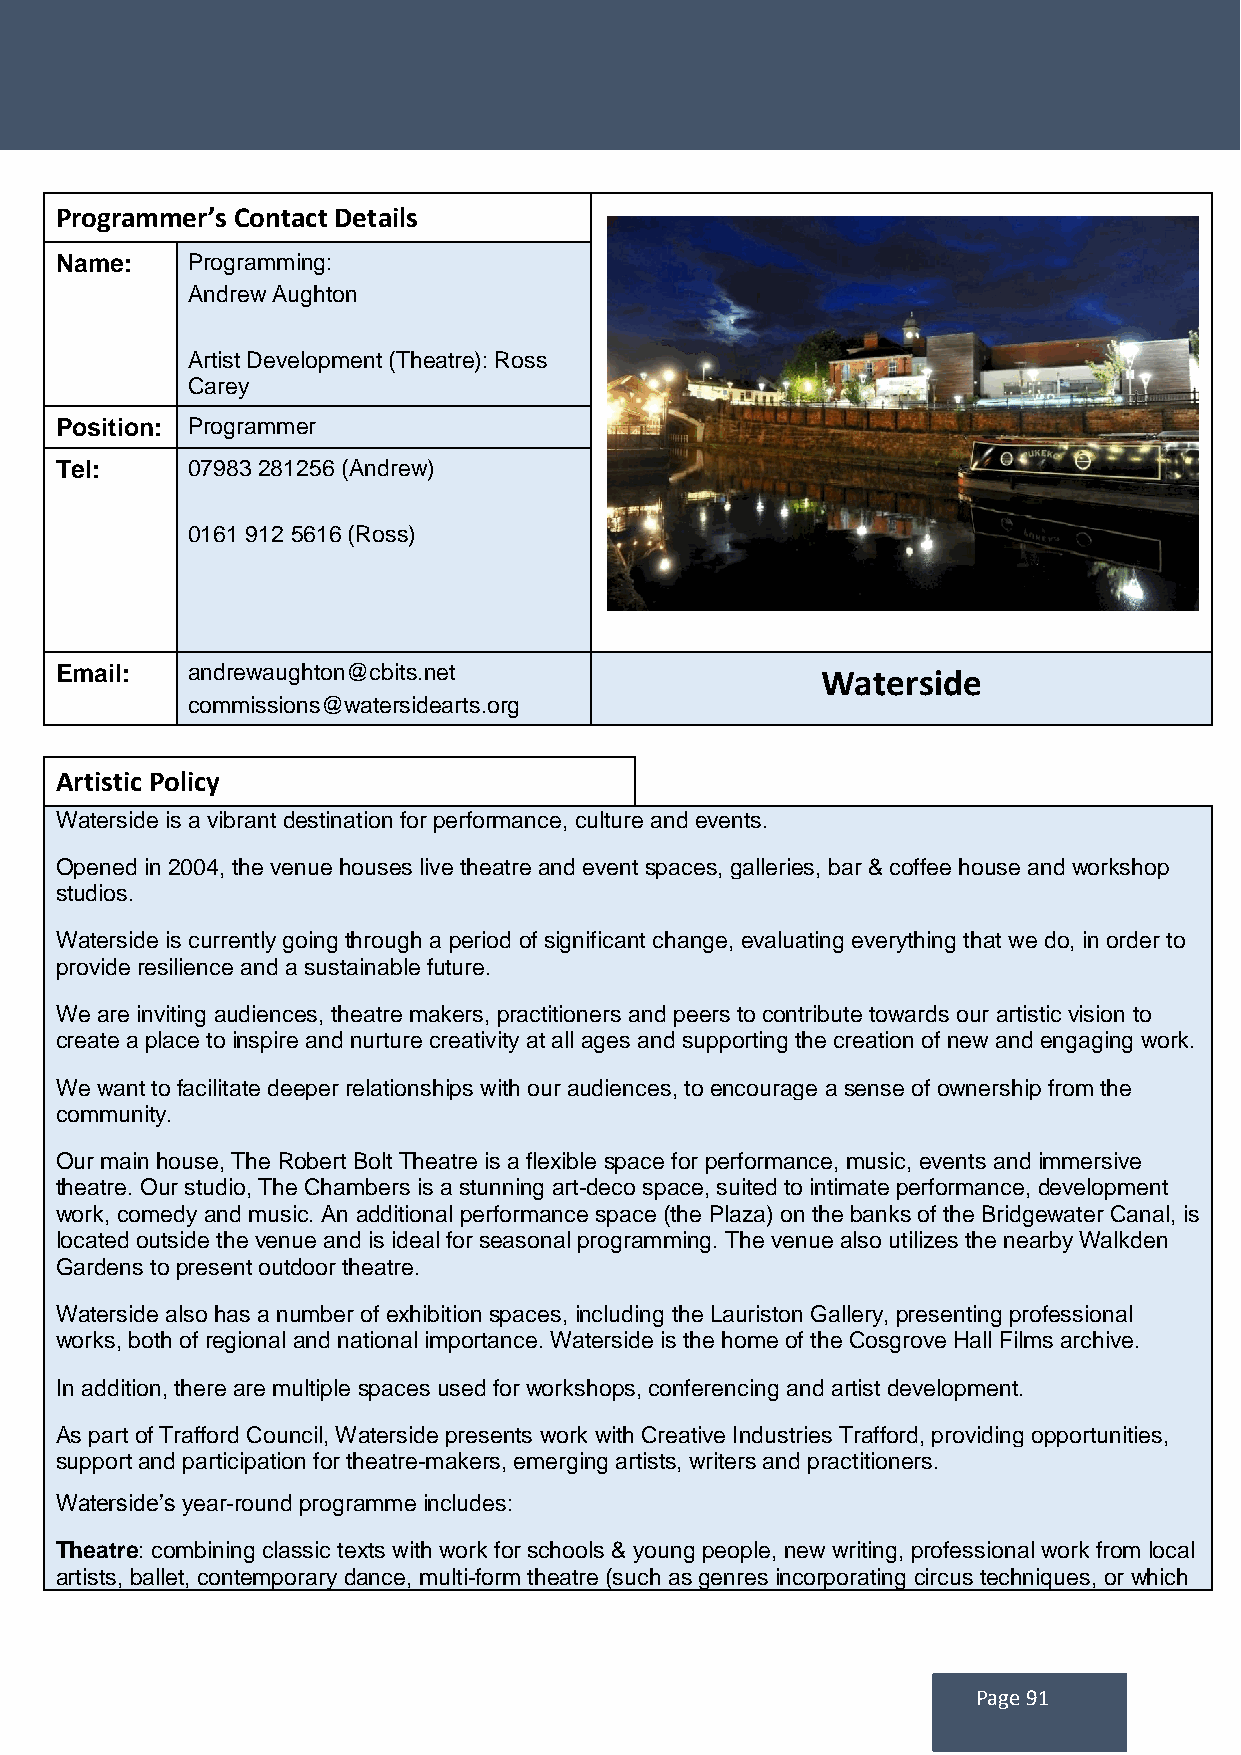
Programmer’s Contact Details
 Name:   Programming:
 Andrew Aughton
 Artist Development (Theatre): Ross
 Carey
 Position: Programmer
 Tel:    07983 281256 (Andrew)
 0161 912 5616 (Ross)
 Email:  andrewaughton@cbits.net                   Waterside
 commissions@watersidearts.org
 Artistic Policy
 Waterside is a vibrant destination for performance, culture and events.
 Opened in 2004, the venue houses live theatre and event spaces, galleries, bar & coffee house and workshop
 studios.
 Waterside is currently going through a period of significant change, evaluating everything that we do, in order to
 provide resilience and a sustainable future.
 We are inviting audiences, theatre makers, practitioners and peers to contribute towards our artistic vision to
 create a place to inspire and nurture creativity at all ages and supporting the creation of new and engaging work.
 We want to facilitate deeper relationships with our audiences, to encourage a sense of ownership from the
 community.
 Our main house, The Robert Bolt Theatre is a flexible space for performance, music, events and immersive
 theatre. Our studio, The Chambers is a stunning art-deco space, suited to intimate performance, development
 work, comedy and music. An additional performance space (the Plaza) on the banks of the Bridgewater Canal, is
 located outside the venue and is ideal for seasonal programming. The venue also utilizes the nearby Walkden
 Gardens to present outdoor theatre.
 Waterside also has a number of exhibition spaces, including the Lauriston Gallery, presenting professional
 works, both of regional and national importance. Waterside is the home of the Cosgrove Hall Films archive.
 In addition, there are multiple spaces used for workshops, conferencing and artist development.
 As part of Trafford Council, Waterside presents work with Creative Industries Trafford, providing opportunities,
 support and participation for theatre-makers, emerging artists, writers and practitioners.
 Waterside’s year-round programme includes:
 Theatre: combining classic texts with work for schools & young people, new writing, professional work from local
 artists, ballet, contemporary dance, multi-form theatre (such as genres incorporating circus techniques, or which
 Page 91